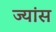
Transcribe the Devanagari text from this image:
ज्यांस